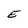
Character: E